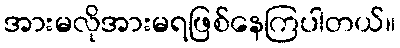
အားမလိုအားမရဖြစ်နေကြပါတယ်။